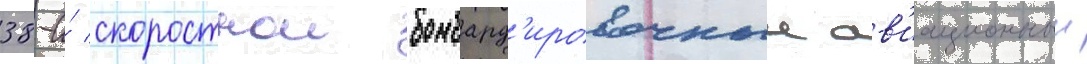
38-и́ скоростнои бомбард'ировочныи ав'иационныи